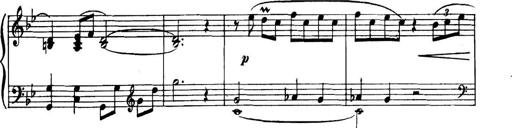
Title: Piano Sonatina in G minor
Composer: John Blackwood McEwen
Key: G minor